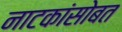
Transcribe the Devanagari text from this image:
नाटकांसोबत